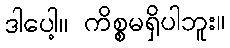
ဒါပေါ့။ ကိစ္စမရှိပါဘူး။